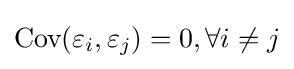
{\text{Cov}}(\varepsilon _{i},\varepsilon _{j})=0,\forall i\neq j